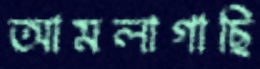
আমলাগাছি